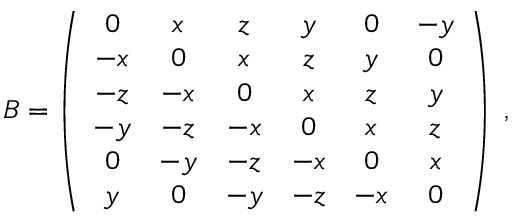
B = \left( \begin{array} { c c c c c c c c r } { { 0 } } & { { x } } & { { z } } & { { y } } & { { 0 } } & { { - y } } \\ { { - x } } & { { 0 } } & { { x } } & { { z } } & { { y } } & { { 0 } } \\ { { - z } } & { { - x } } & { { 0 } } & { { x } } & { { z } } & { { y } } \\ { { - y } } & { { - z } } & { { - x } } & { { 0 } } & { { x } } & { { z } } \\ { { 0 } } & { { - y } } & { { - z } } & { { - x } } & { { 0 } } & { { x } } \\ { { y } } & { { 0 } } & { { - y } } & { { - z } } & { { - x } } & { { 0 } } \end{array} \right) \; ,